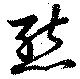
態